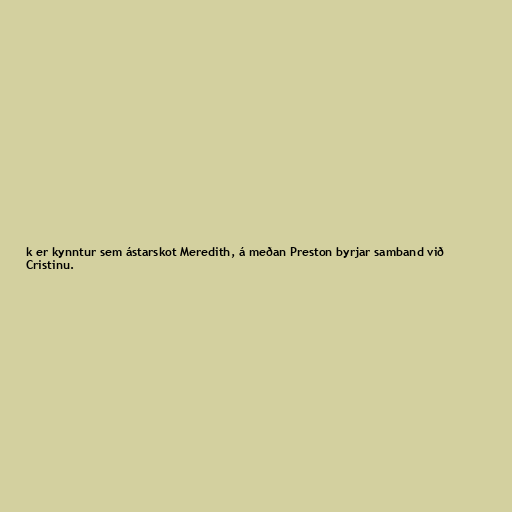
k er kynntur sem ástarskot Meredith, á meðan Preston byrjar samband við
Cristinu.